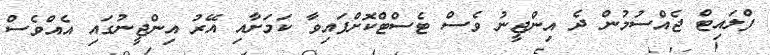
ފްލައިޓް ޖެއްސުމުން ދެ އިންޖީނު ވެސް ޓެސްޓްކޮށްފައިވާ ކަމަށާއި އޭރު އިންޖީނުގައި އެއްވެސް